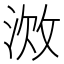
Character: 𫾷